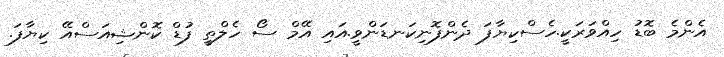
އެންމެ ބޮޑު ހިއްވަރަކީ.ހެސްކިޔާފަ ދެންފޮނިކަނޑަންވީ.އައި އޭމް ސޯ ހެލްތީ ފުޑް ކޮންޝިއަސްއޭ ކިޔާފަ.